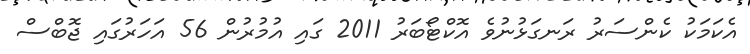
އެކަމަކު ކެންސަރު ރަނގަޅުނުވެ އޮކްޓޯބަރު 2011 ގައި އުމުރުން 56 އަހަރުގައި ޖޮބްސް